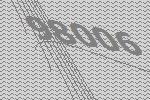
98006